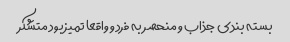
بسته بندی جذاب و منحصر به فرد و واقعا تمیز بود متشکر